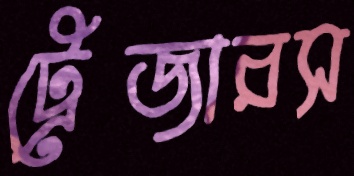
ট্রেজারস